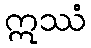
ဣဿံ